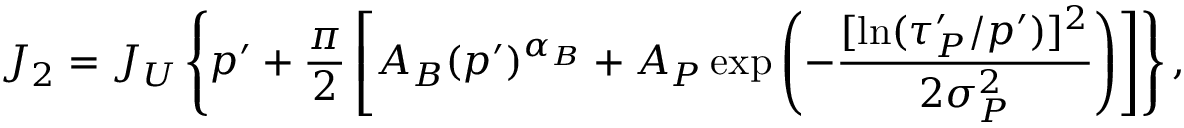
J _ { 2 } = J _ { U } \left\{ p ^ { \prime } + \frac { \pi } { 2 } \left[ A _ { B } ( p ^ { \prime } ) ^ { \alpha _ { B } } + A _ { P } \exp \left( - \frac { [ \ln ( \tau _ { P } ^ { \prime } / p ^ { \prime } ) ] ^ { 2 } } { 2 \sigma _ { P } ^ { 2 } } \right) \right] \right\} ,